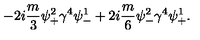
- 2 i \frac { m } { 3 } \psi _ { + } ^ { 2 } \gamma ^ { 4 } \psi _ { - } ^ { 1 } + 2 i \frac { m } { 6 } \psi _ { - } ^ { 2 } \gamma ^ { 4 } \psi _ { + } ^ { 1 } .